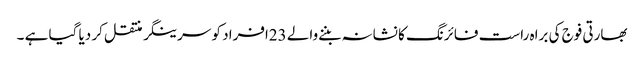
بھارتی فوج کی براہ راست فائرنگ کا نشانہ بننےوالے 23افراد کو سرینگر منتقل کر دیا گیا ہے ۔